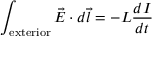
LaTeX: \int _ { \mathrm { e x t e r i o r } } { \vec { E } } \cdot d { \vec { l } } = - L { \frac { d I } { d t } }